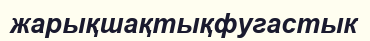
жарықшақтықфугастык